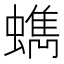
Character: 𧓈